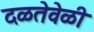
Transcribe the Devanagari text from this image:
दळतेवेळी